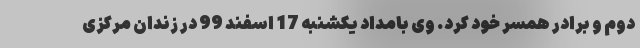
دوم و برادر همسر خود کرد. وی بامداد یکشنبه 17 اسفند 99 در زندان مرکزی